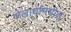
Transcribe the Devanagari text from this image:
गोलार्धांमधील